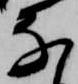
な